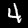
Label: 4